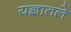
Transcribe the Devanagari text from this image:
यज्ञातले